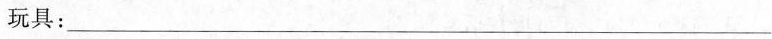
玩具：___